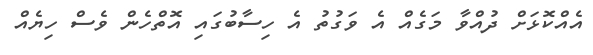
އެއްކޮޅަށް ދުއްވާ މަގެއް އެ ވަގުތު އެ ހިސާބުގައި އޮތްހެން ވެސް ހިޔެއް